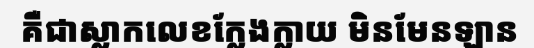
គឺជាស្លាកលេខក្លែងក្លាយ មិនមែនឡាន